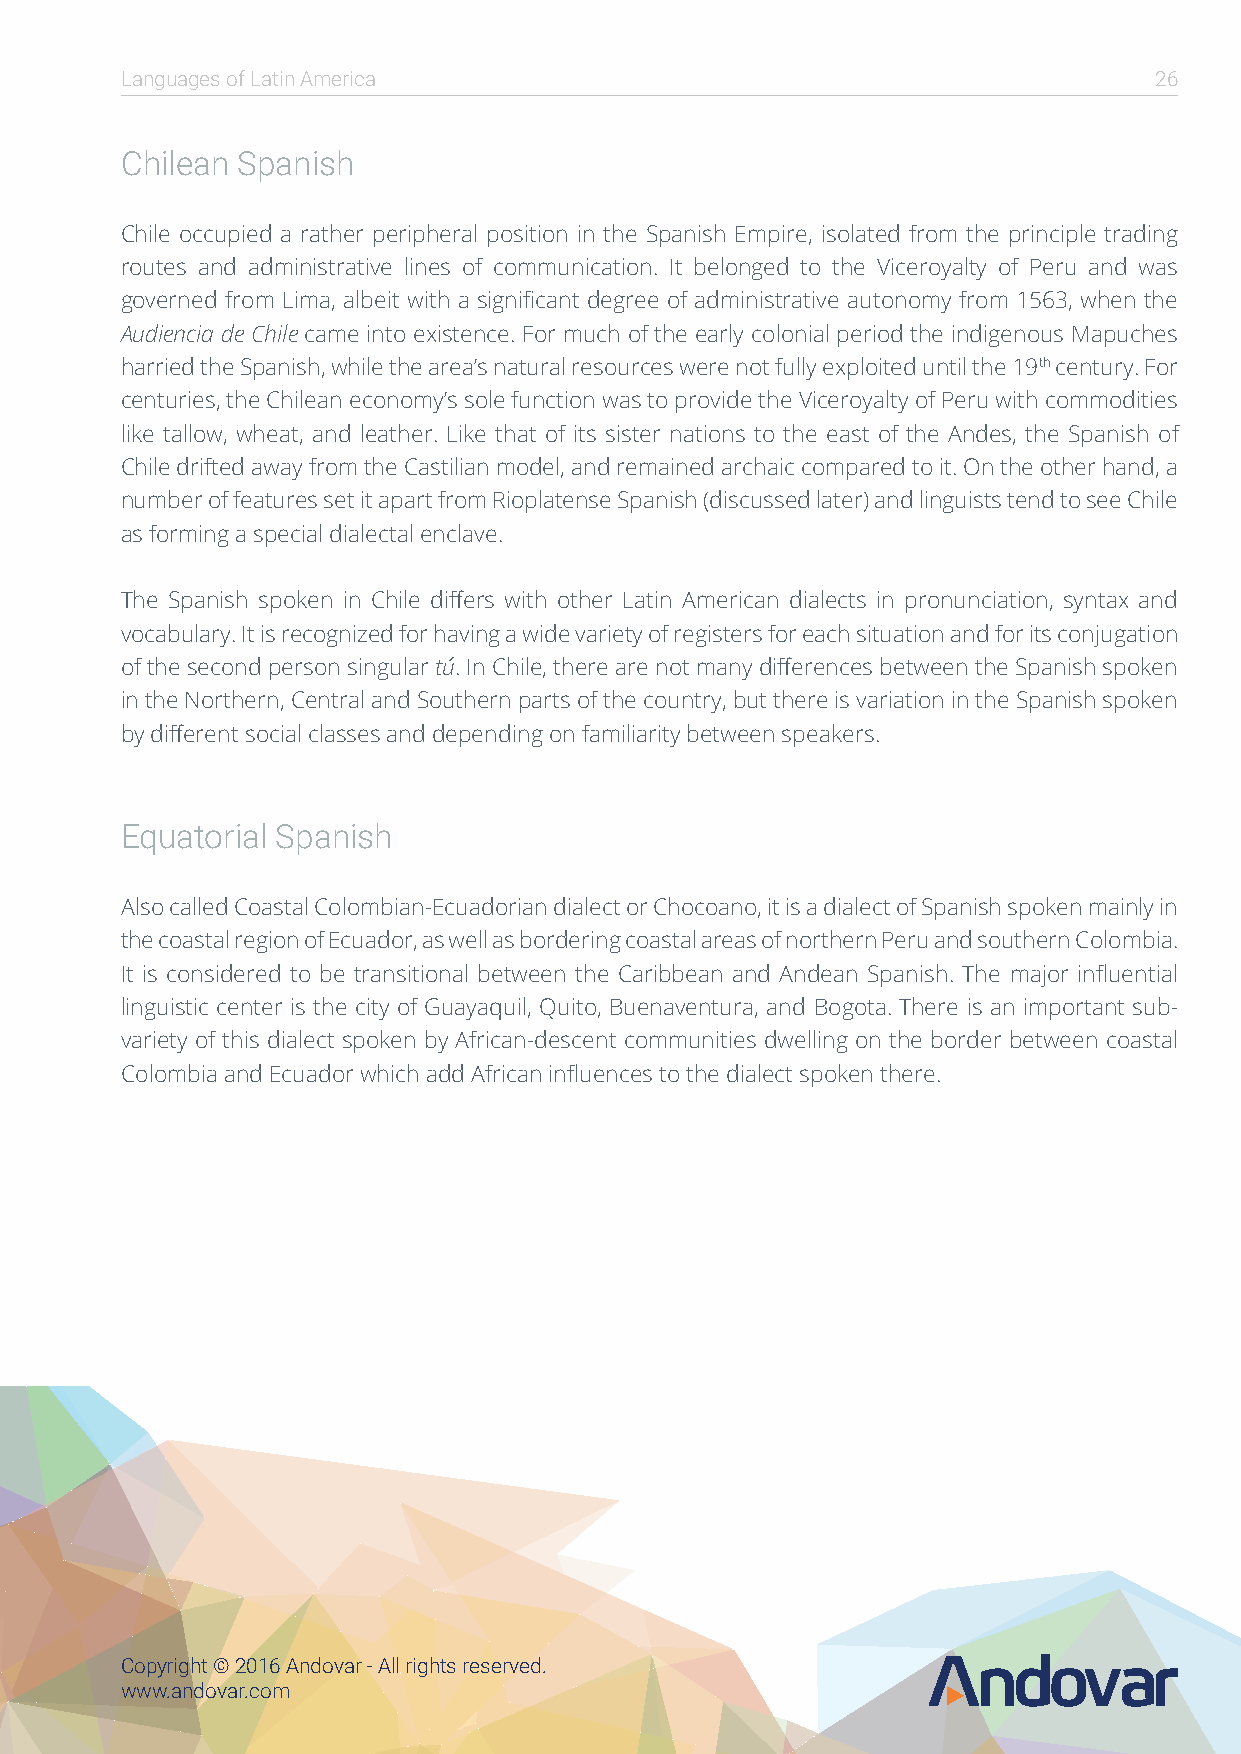
Languages of Latin America                                          26
 Chilean Spanish
 Chile occupied a rather peripheral position in the Spanish Empire, isolated from the principle trading
 routes and administrative lines of communication. It belonged to the Viceroyalty of Peru and was
 governed from Lima, albeit with a significant degree of administrative autonomy from 1563, when the
 Audiencia de Chile came into existence. For much of the early colonial period the indigenous Mapuches
 harried the Spanish, while the area’s natural resources were not fully exploited until the 19th century. For
 centuries, the Chilean economy’s sole function was to provide the Viceroyalty of Peru with commodities
 like tallow, wheat, and leather. Like that of its sister nations to the east of the Andes, the Spanish of
 Chile drifted away from the Castilian model, and remained archaic compared to it. On the other hand, a
 number of features set it apart from Rioplatense Spanish (discussed later) and linguists tend to see Chile
 as forming a special dialectal enclave.
 The Spanish spoken in Chile differs with other Latin American dialects in pronunciation, syntax and
 vocabulary. It is recognized for having a wide variety of registers for each situation and for its conjugation
 of the second person singular tú. In Chile, there are not many differences between the Spanish spoken
 in the Northern, Central and Southern parts of the country, but there is variation in the Spanish spoken
 by different social classes and depending on familiarity between speakers.
 Equatorial Spanish
 Also called Coastal Colombian-Ecuadorian dialect or Chocoano, it is a dialect of Spanish spoken mainly in
 the coastal region of Ecuador, as well as bordering coastal areas of northern Peru and southern Colombia.
 It is considered to be transitional between the Caribbean and Andean Spanish. The major influential
 linguistic center is the city of Guayaquil, Quito, Buenaventura, and Bogota. There is an important sub-
 variety of this dialect spoken by African-descent communities dwelling on the border between coastal
 Colombia and Ecuador which add African influences to the dialect spoken there.
 Copyright © 2016 Andovar - All rights reserved.
 www.andovar.com